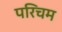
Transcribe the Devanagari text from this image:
परिचम